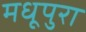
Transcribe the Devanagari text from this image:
मधूपुरा